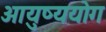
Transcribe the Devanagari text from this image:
आयुष्ययोग